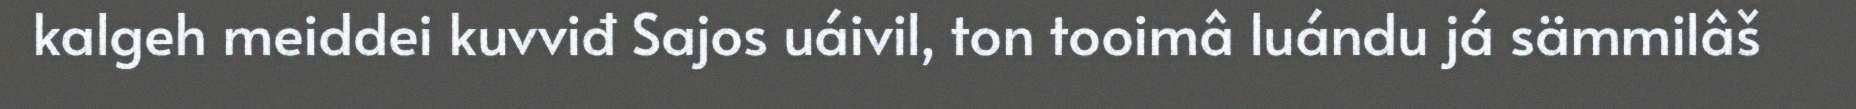
kalgeh meiddei kuvviđ Sajos uáivil, ton tooimâ luándu já sämmilâš